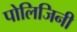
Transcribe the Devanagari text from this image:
पोलिजिनी